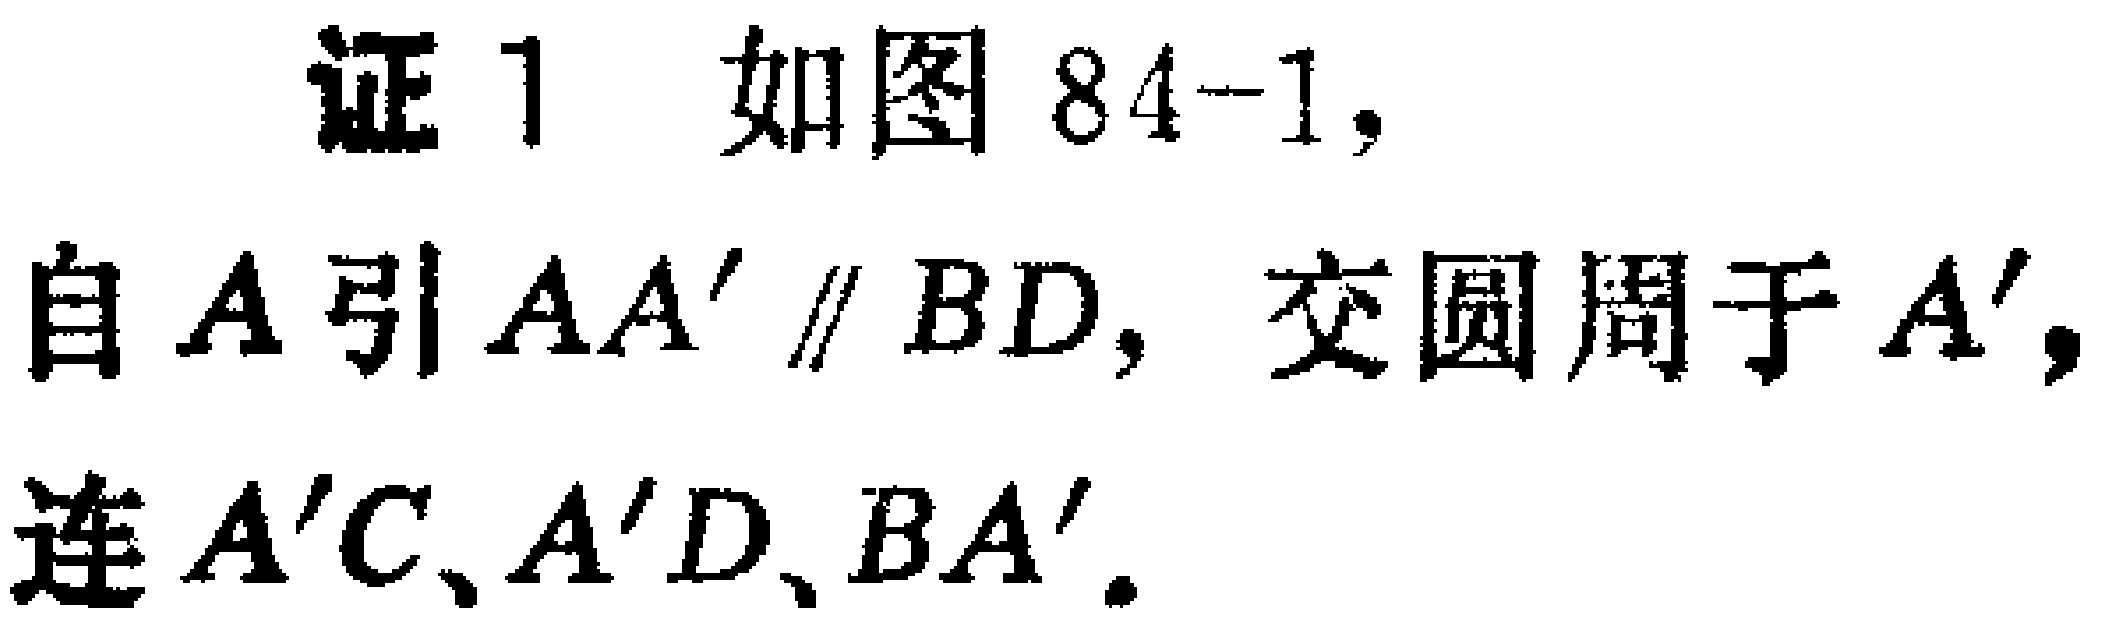
证1 如图84-1，自\(A\)引\(AA'\parallel BD\)，交圆周于\(A'\)，连\(A'C、A'D、BA'\)。